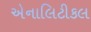
એનાલિટીકલ